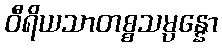
ဝီရိယသာတစ္စသမ္ပန္နော